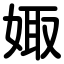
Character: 娵